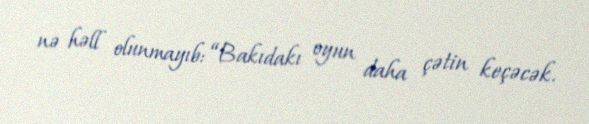
nə həll olunmayıb: “Bakıdakı oyun daha çətin keçəcək.